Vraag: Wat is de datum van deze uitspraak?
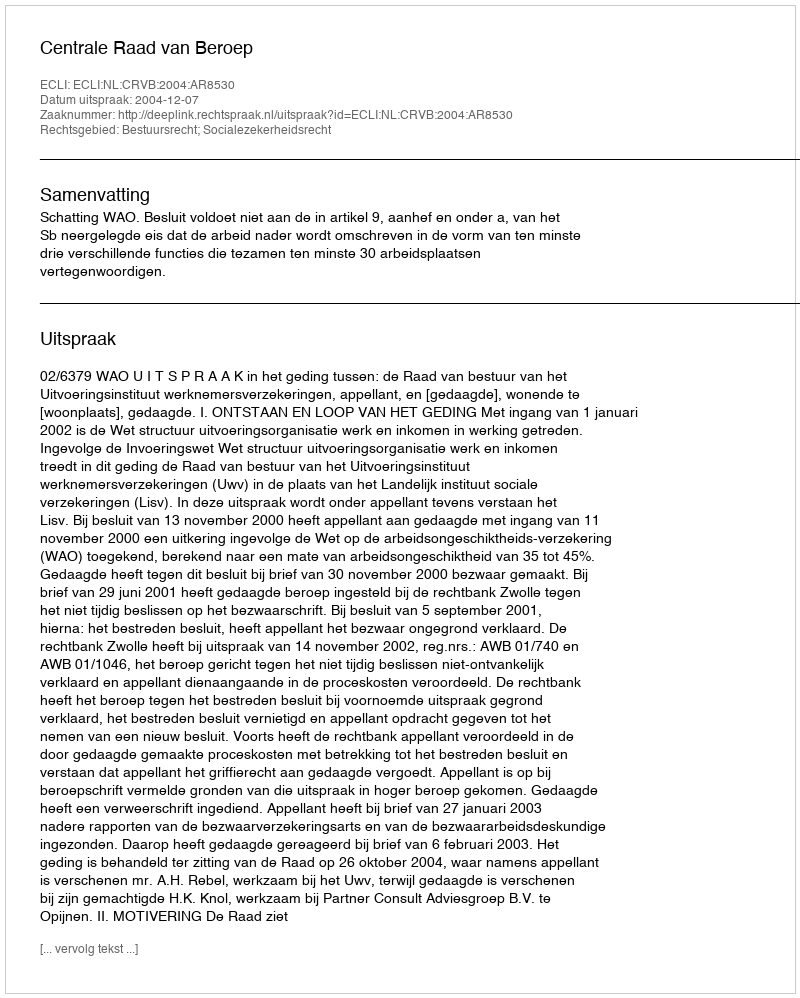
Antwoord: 2004-12-07